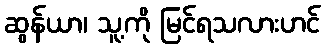
ဆွန်ယာ၊ သူ့ကို မြင်ရသလားဟင်